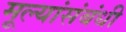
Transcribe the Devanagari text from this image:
मूल्यांसंबंधी